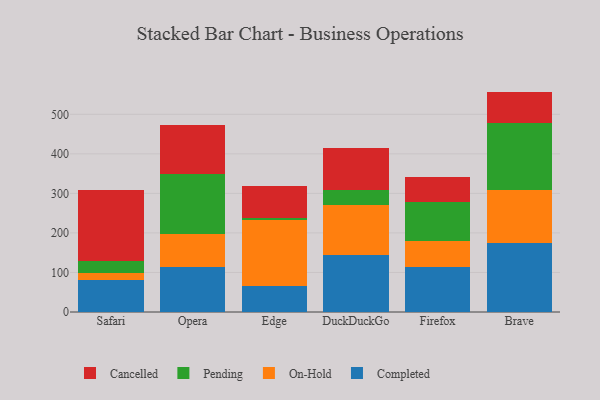
{"axis": {"x": "Browser", "y": "Budget (USD K)"}, "legend": ["Cancelled", "Completed", "On-Hold", "Pending"], "data": [{"x": "Safari", "y": 82.0, "type": "Completed"}, {"x": "Safari", "y": 17.3, "type": "On-Hold"}, {"x": "Safari", "y": 30.5, "type": "Pending"}, {"x": "Safari", "y": 179.2, "type": "Cancelled"}, {"x": "Opera", "y": 112.9, "type": "Completed"}, {"x": "Opera", "y": 85.4, "type": "On-Hold"}, {"x": "Opera", "y": 151.5, "type": "Pending"}, {"x": "Opera", "y": 122.6, "type": "Cancelled"}, {"x": "Edge", "y": 66.0, "type": "Completed"}, {"x": "Edge", "y": 166.2, "type": "On-Hold"}, {"x": "Edge", "y": 6.1, "type": "Pending"}, {"x": "Edge", "y": 79.9, "type": "Cancelled"}, {"x": "DuckDuckGo", "y": 145.0, "type": "Completed"}, {"x": "DuckDuckGo", "y": 126.3, "type": "On-Hold"}, {"x": "DuckDuckGo", "y": 38.0, "type": "Pending"}, {"x": "DuckDuckGo", "y": 105.0, "type": "Cancelled"}, {"x": "Firefox", "y": 114.1, "type": "Completed"}, {"x": "Firefox", "y": 64.7, "type": "On-Hold"}, {"x": "Firefox", "y": 100.1, "type": "Pending"}, {"x": "Firefox", "y": 62.2, "type": "Cancelled"}, {"x": "Brave", "y": 175.4, "type": "Completed"}, {"x": "Brave", "y": 133.3, "type": "On-Hold"}, {"x": "Brave", "y": 168.1, "type": "Pending"}, {"x": "Brave", "y": 80.6, "type": "Cancelled"}]}